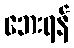
ဘေးရန်